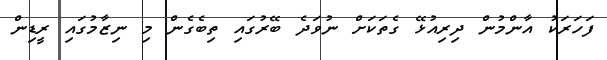
ފަހަރަކު އާންމުން ދިރިއުޅޭ ގެތަކަށް ނުވަދެ ބޭރުގައި ތިބެގެން މި ނިޒާމުގައި ރީޑިން